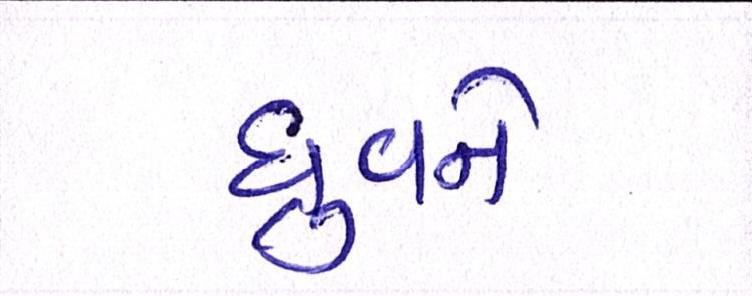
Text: ધ્રુવને